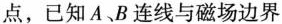
点，已知A、B连线与磁场边界